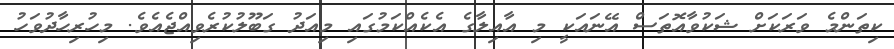
ކިތަންމެ ވަރަކަށް ޝަކުވާއޮތަސް އޭނައަކީ މި އާއިލާގެ އެކެއްކަމުގައި މިއަދު ގަބޫލުކުރެވިއްޖެއެވެ. މިހުރިހާދުވަހު